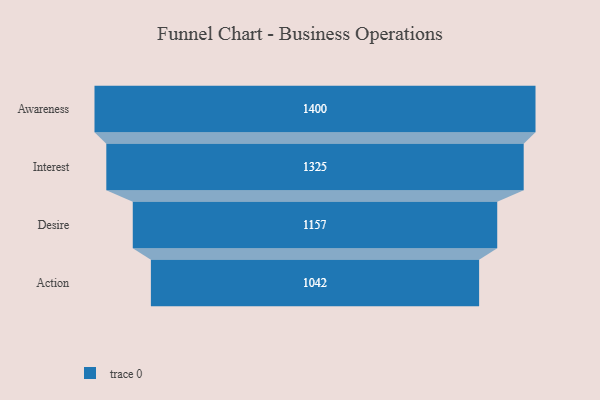
{"axis": {"x": "Stage", "y": "Value"}, "legend": [""], "data": [{"x": "Awareness", "y": 1400.0, "type": ""}, {"x": "Interest", "y": 1325.0, "type": ""}, {"x": "Desire", "y": 1157.0, "type": ""}, {"x": "Action", "y": 1042.0, "type": ""}]}